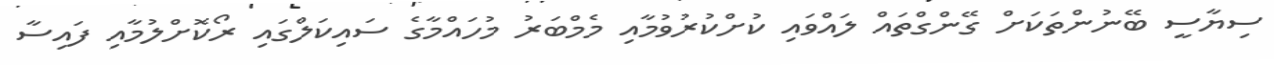
ސިޔާސީ ބޭނުންތަކަށް ގޭންގްތައް ލައްވައި ކުށްކުރުވުމާއި މެމްބަރު މުހައްމާގެ ސައިކަލްގައި ރޯކޮށްލުމާއި ފައިސާ